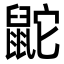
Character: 鼧